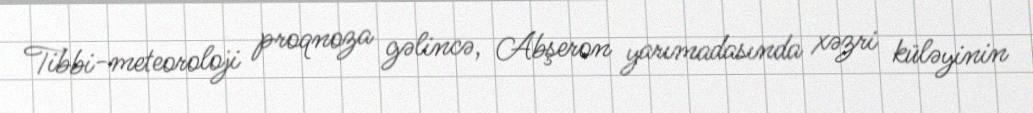
Tibbi-meteoroloji proqnoza gəlincə, Abşeron yarımadasında xəzri küləyinin